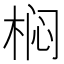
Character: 𭪓